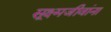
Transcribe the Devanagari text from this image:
सूक्ष्मजीवांना